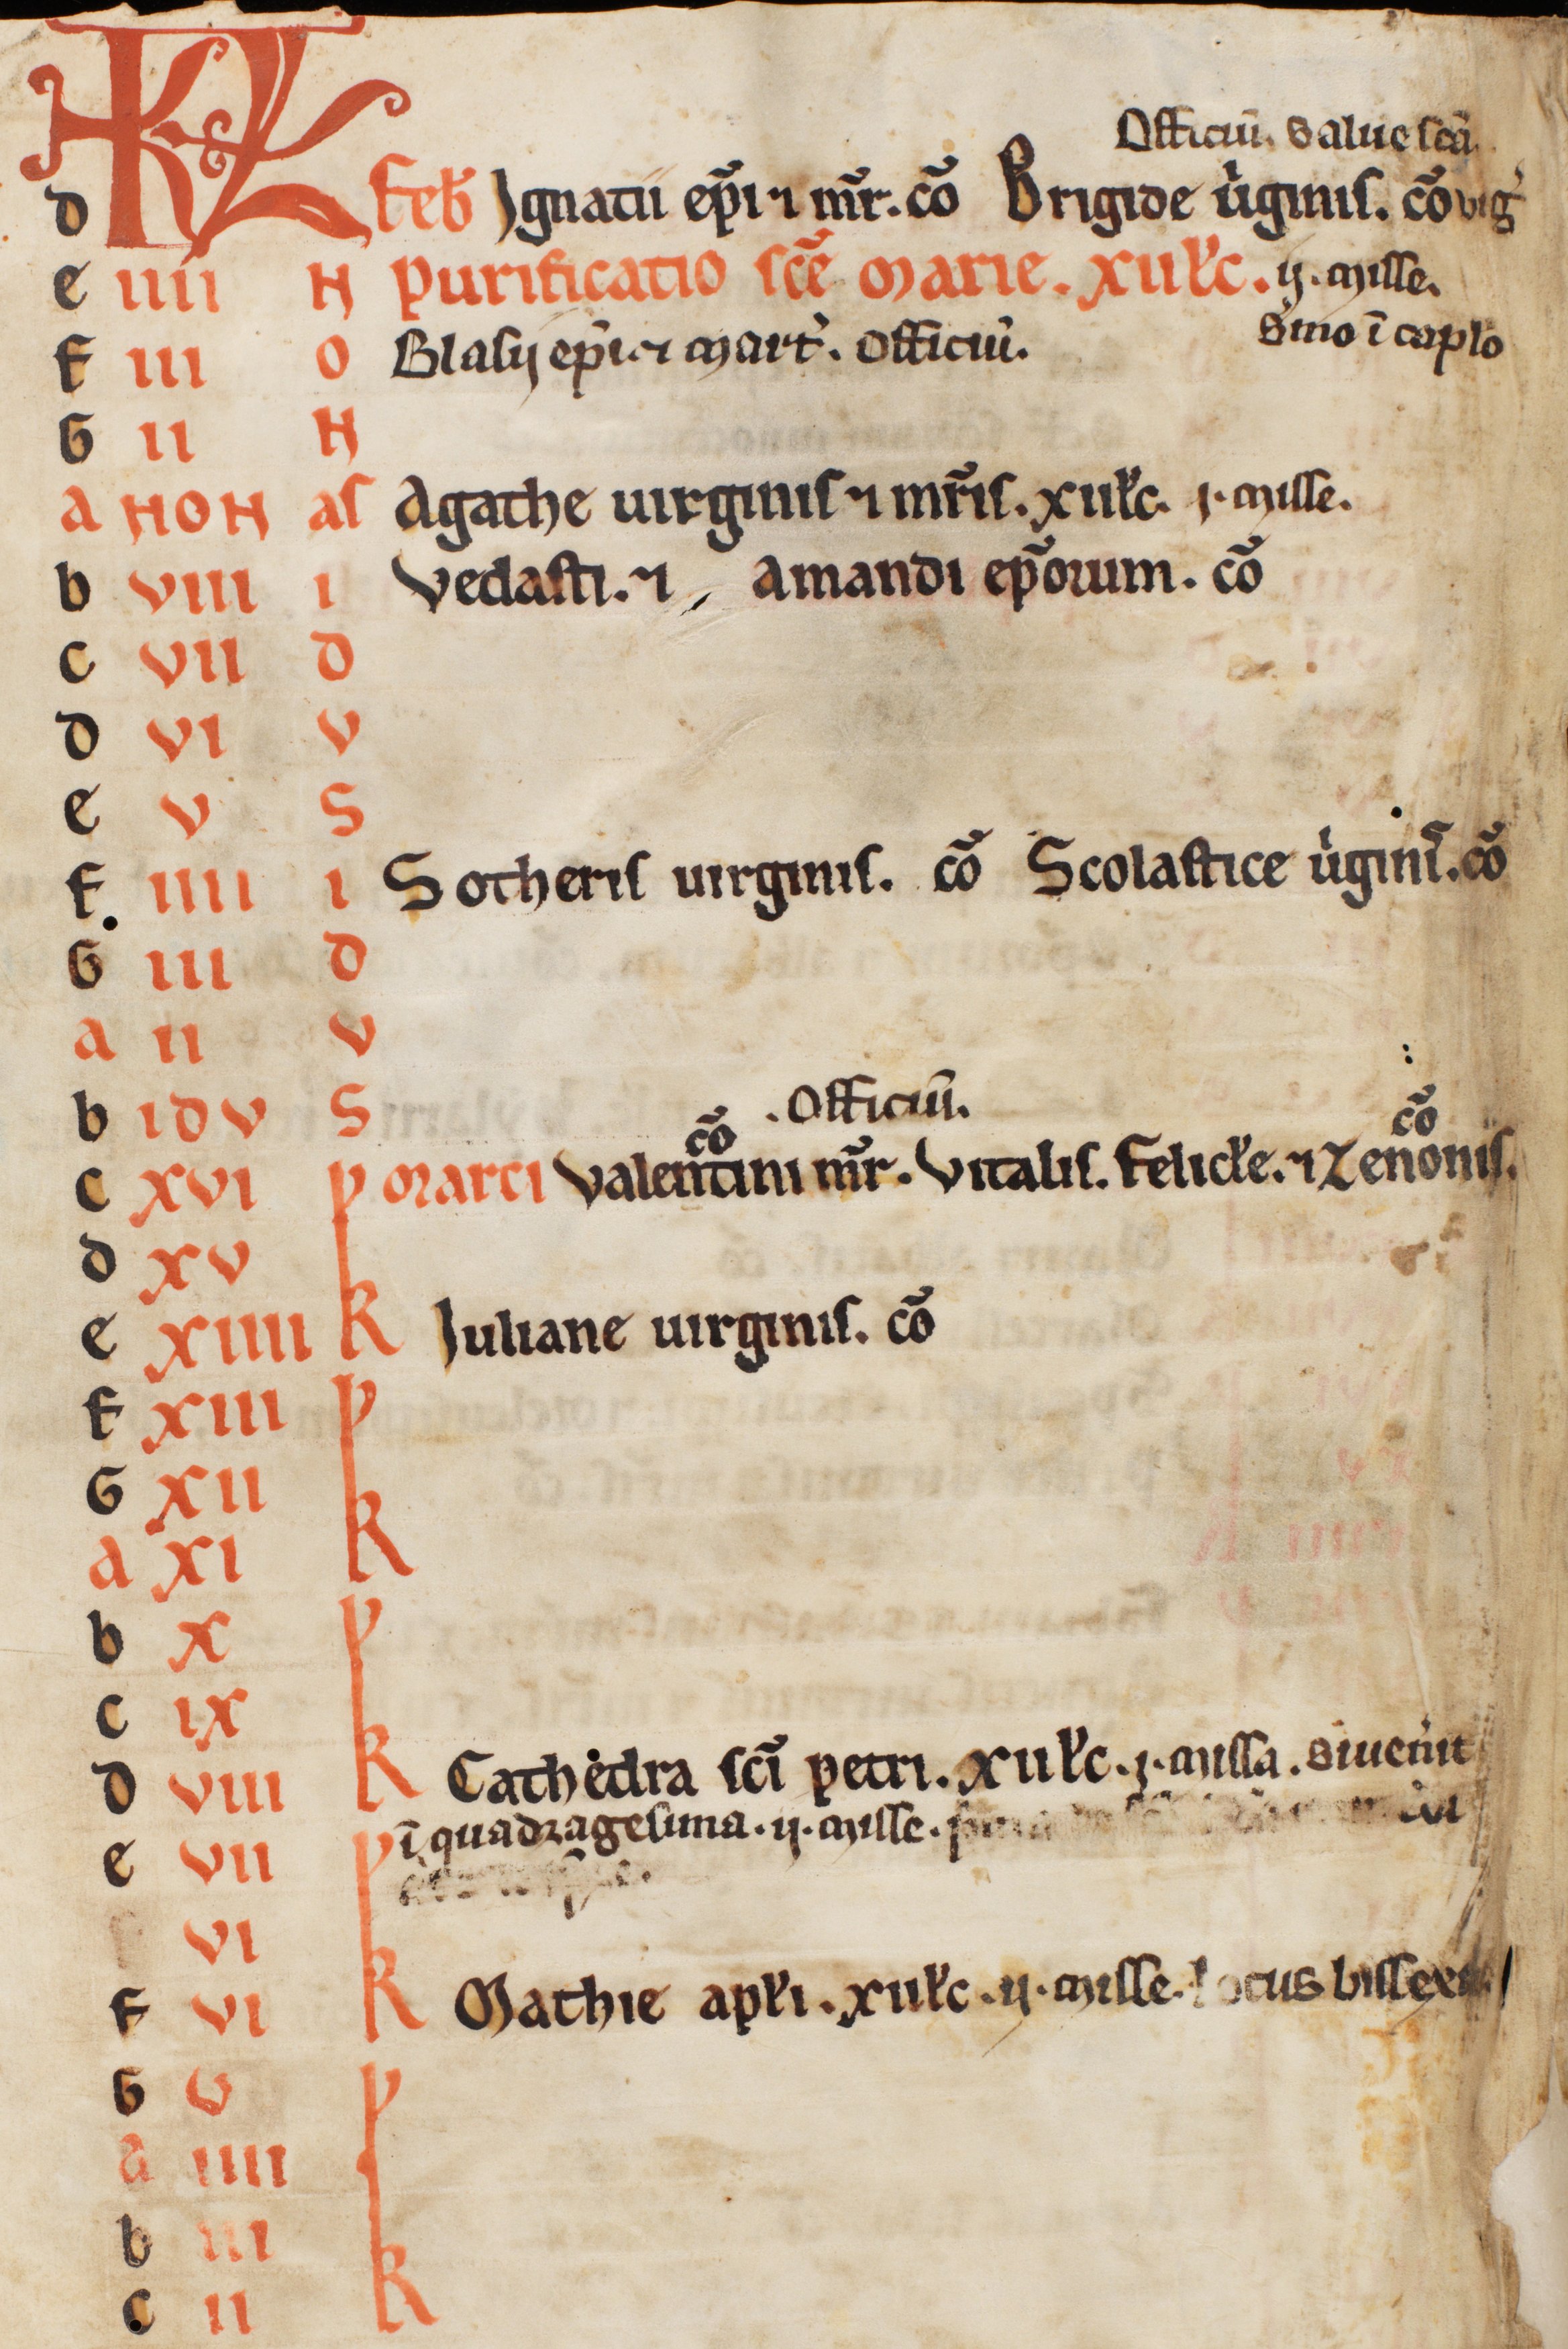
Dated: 1185–1215